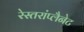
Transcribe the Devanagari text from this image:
रेस्तरांप्लैनेट